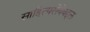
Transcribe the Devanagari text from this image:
साहित्यसेवेबद्दल